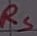
Text: RS